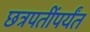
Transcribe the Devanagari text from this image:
छत्रपतींपर्यंत